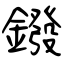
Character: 鏺